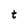
Character: t